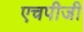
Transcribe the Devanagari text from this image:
एचपीजी